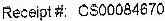
RECEIPT #: CS00084670